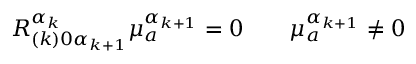
R _ { ( k ) 0 \alpha _ { k + 1 } } ^ { \alpha _ { k } } \mu _ { a } ^ { \alpha _ { k + 1 } } = 0 \qquad \mu _ { a } ^ { \alpha _ { k + 1 } } \neq 0